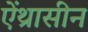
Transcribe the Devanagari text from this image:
ऐंथ्रासीन